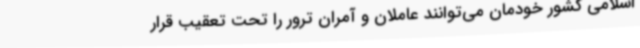
اسلامی کشور خودمان می‌توانند عاملان و آمران ترور را تحت تعقیب قرار